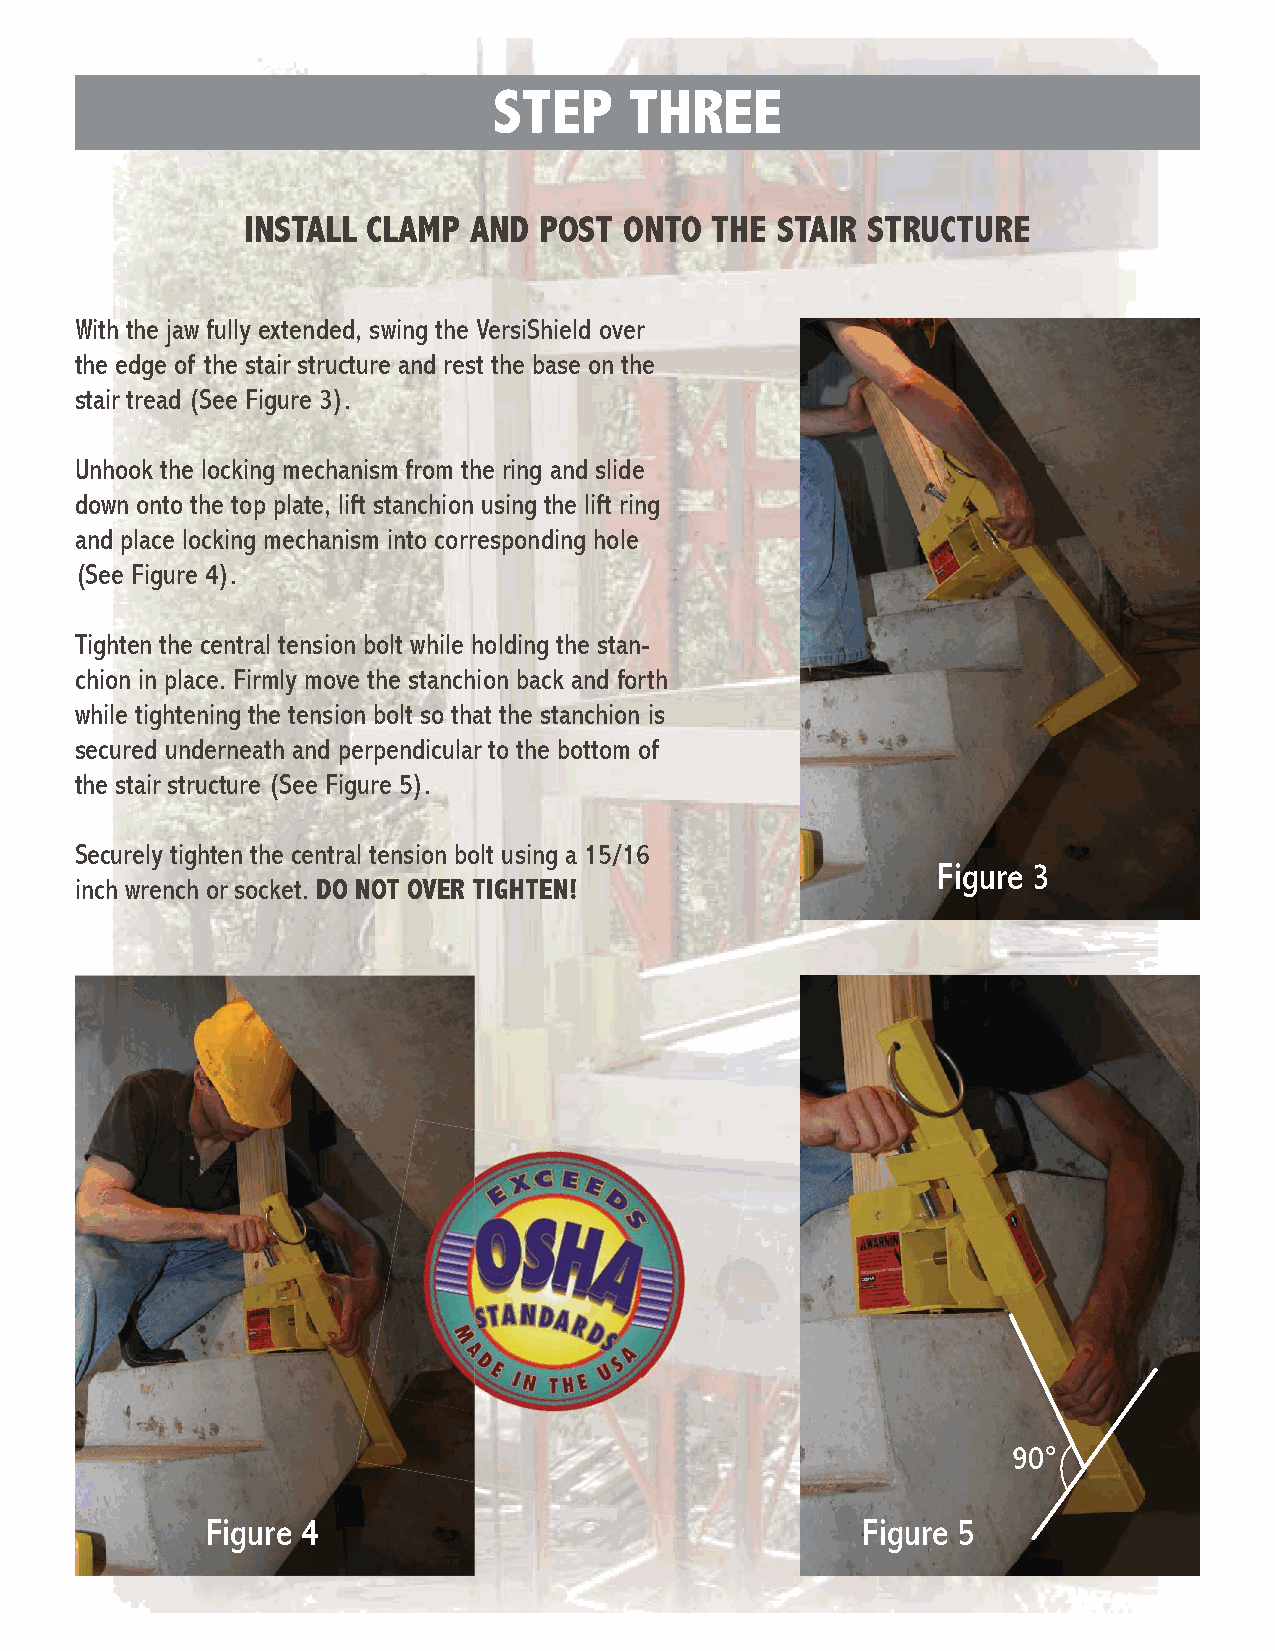
STEP     THREE
 INSTALL CLAMP  AND  POST ONTO  THE STAIR STRUCTURE
 With the jaw fully extended, swing the VersiShield over
 the edge of the stair structure and rest the base on the
 stair tread (See Figure 3).
 Unhook the locking mechanism from the ring and slide
 down onto the top plate, lift stanchion using the lift ring
 and place locking mechanism into corresponding hole
 (See Figure 4).
 Tighten the central tension bolt while holding the stan-
 chion in place. Firmly move the stanchion back and forth
 while tightening the tension bolt so that the stanchion is
 secured underneath and perpendicular to the bottom of
 the stair structure (See Figure 5).
 Securely tighten the central tension bolt using a 15/16
 Figure 3
 inch wrench or socket. DO NOT OVER TIGHTEN!
 90°
 Figure 4                                   Figure 5